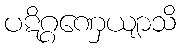
ပဋိဂ္ဂဏှေယျာသိ